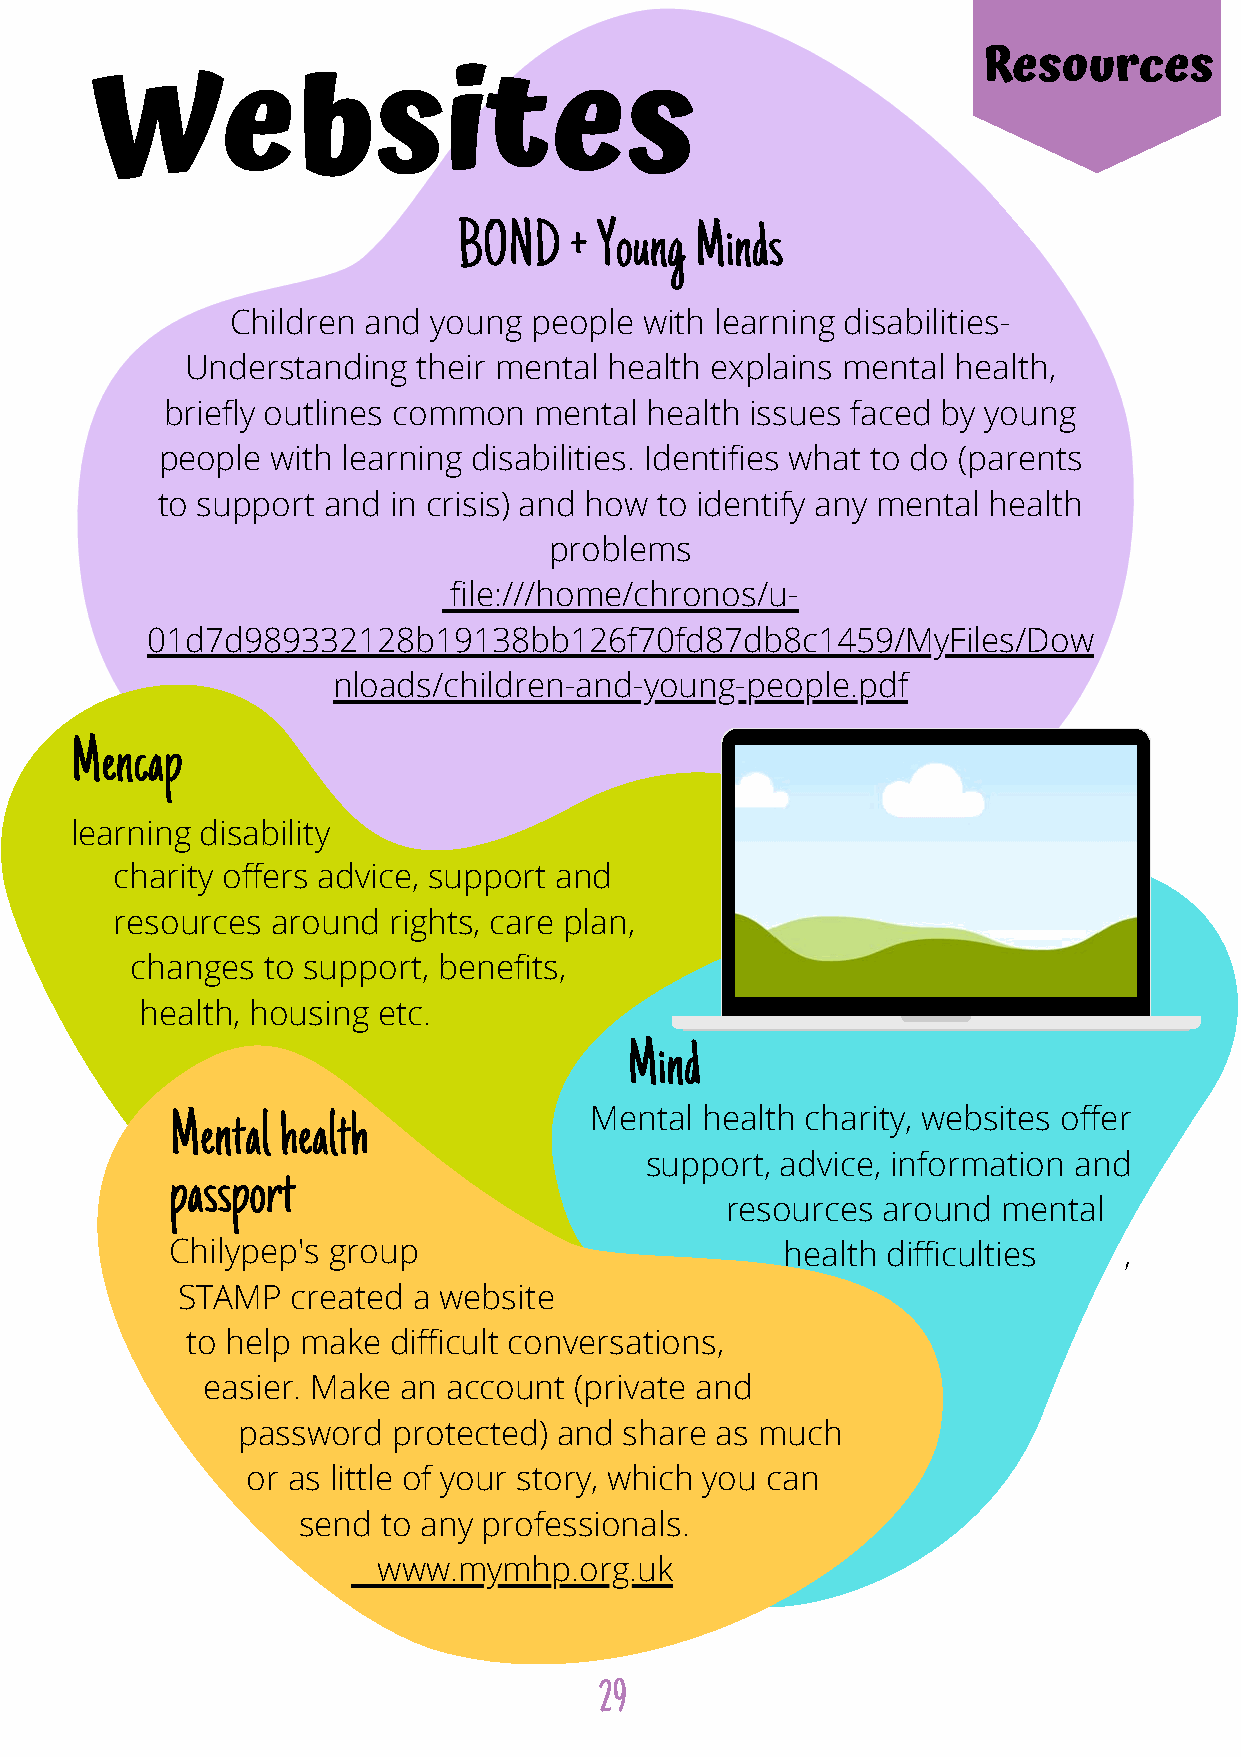
Resources
 Websites
 BOND   + Young  Minds
 Children and young  people with learning disabilities-
 Understanding  their mental health explains mental health,
 briefly outlines common  mental health issues faced by young
 people with learning disabilities. Identifies what to do (parents
 to support and in crisis) and how to identify any mental health
 problems
 file:///home/chronos/u-
 01d7d989332128b19138bb126f70fd87db8c1459/MyFiles/Dow
 nloads/children-and-young-people.pdf
 Mencap
 learning disability
 charity offers advice, support and
 resources  around rights, care plan,
 changes  to support, benefits,
 health, housing etc.
 Mind
 Mental health               Mental health charity, websites offer
 support, advice, information and
 passport
 resources around  mental
 Chilypep's group                        health difficulties    ,
 STAMP   created a website
 to help make difficult conversations,
 easier. Make an account  (private and
 password   protected) and share as much
 or as little of your story, which you can
 send  to any professionals.
 www.mymhp.org.uk
 29